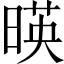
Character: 暎